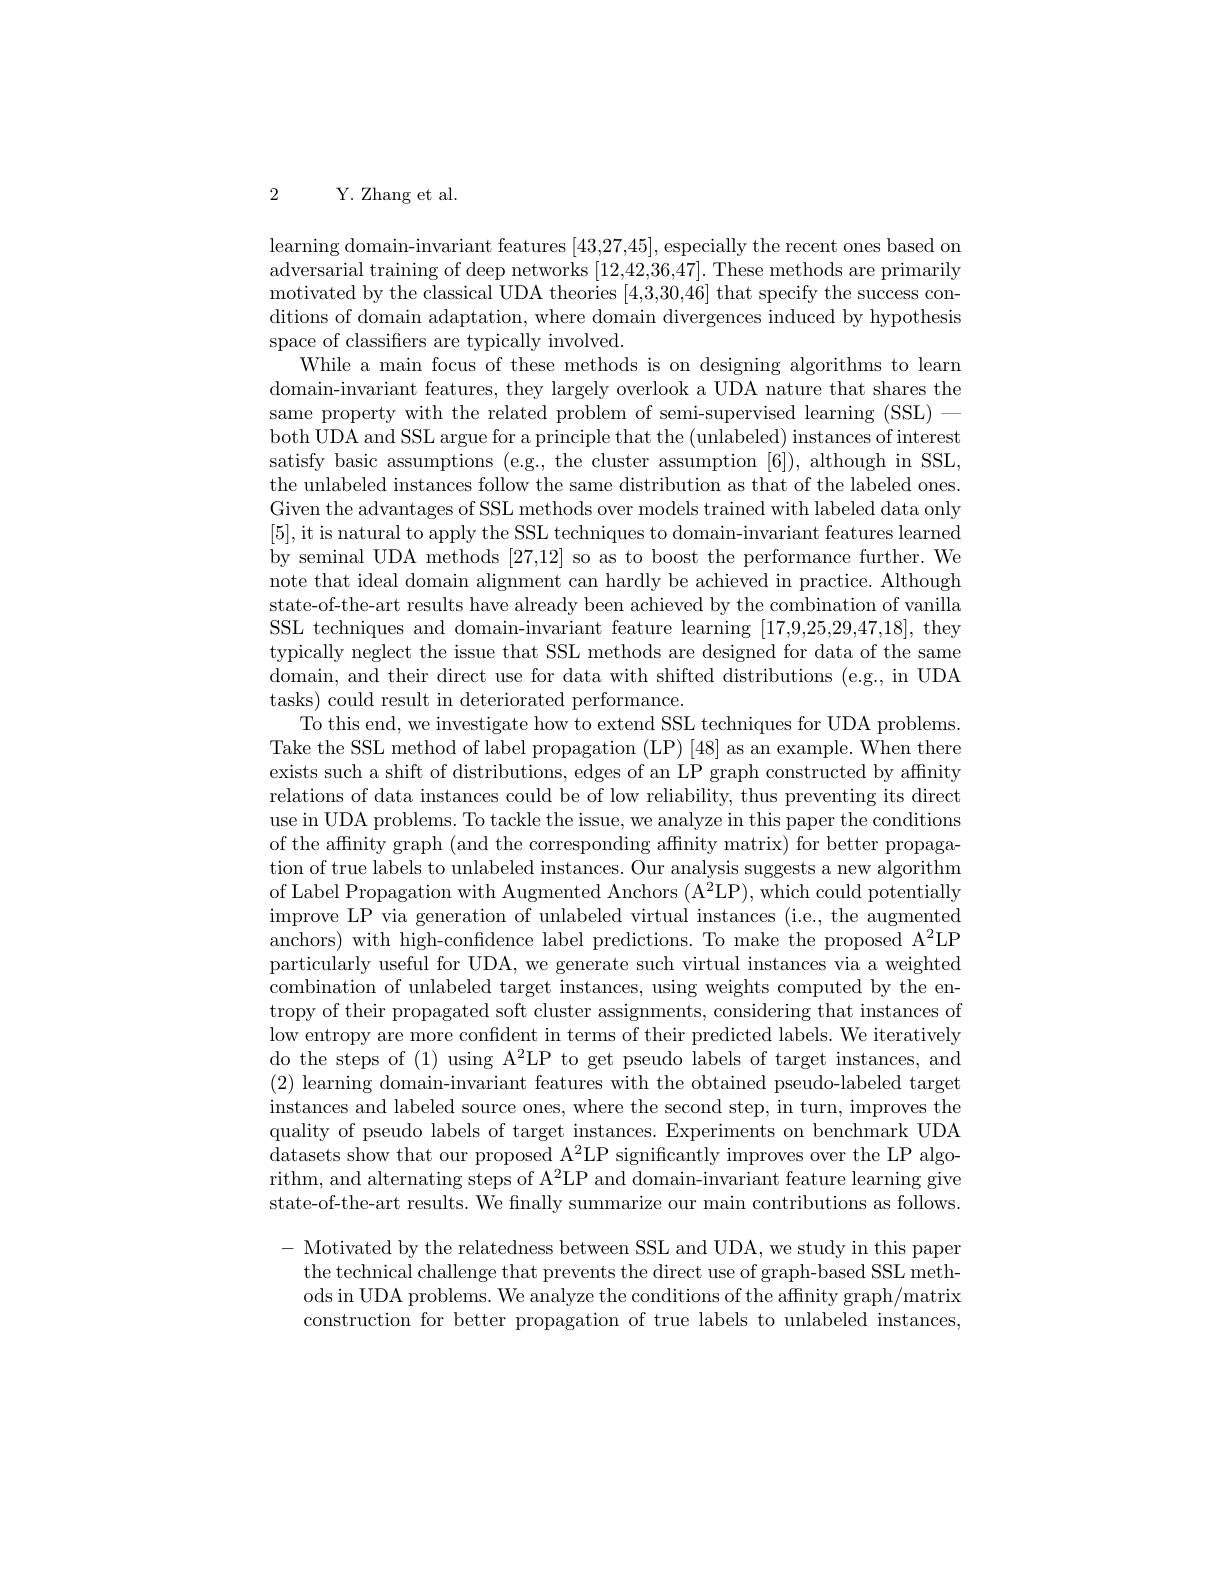
2 Y. Zhang et al.

learning domain-invariant features [43,27,45], especially the recent ones based on adversarial training of deep networks [12,42,36,47]. These methods are primarily motivated by the classical UDA theories [4,3,30,46] that specify the success conditions of domain adaptation, where domain divergences induced by hypothesis space of classifiers are typically involved.
While a main focus of these methods is on designing algorithms to learn domain-invariant features, they largely overlook a UDA nature that shares the same property with the related problem of semi-supervised learning (SSL)— both UDA and SSL argue for a principle that the (unlabeled) instances of interest satisfy basic assumptions (e.g., the cluster assumption [6]), although in SSL, the unlabeled instances follow the same distribution as that of the labeled ones. Given the advantages of SSL methods over models trained with labeled data only [5],it is natural to apply the SSL techniques to domain-invariant features learned by seminal UDA methods [27,12] so as to boost the performance further. We note that ideal domain alignment can hardly be achieved in practice. Although state-of-the-art results have already been achieved by the combination of vanilla SSL techniques and domain-invariant feature learning [17,9,25,29,47,18], they typically neglect the issue that SSL methods are designed for data of the same domain, and their direct use for data with shifted distributions (e.g., in UDA tasks) could result in deteriorated performance.
To this end, we investigate how to extend SSL techniques for UDA problems. Take the SSL method of label propagation (LP) [48] as an example. When there exists such a shift of distributions, edges of an LP graph constructed by affinity relations of data instances could be of low reliability, thus preventing its direct use in UDA problems. To tackle the issue, we analyze in this paper the conditions of the affinity graph (and the corresponding affinity matrix) for better propagation of true labels to unlabeled instances. Our analysis suggests a new algorithm of Label Propagation with Augmented Anchors $(\mathrm{A}^{2}$LP), which could potentially improve LP via generation of unlabeled virtual instances (i.e., the augmented anchors) with high-confidence label predictions. To make the proposed A$^2$LP particularly useful for UDA, we generate such virtual instances via a weighted combination of unlabeled target instances, using weights computed by the entropy of their propagated soft cluster assignments, considering that instances of low entropy are more confident in terms of their predicted labels. We iteratively do the steps of (1) using A$^2$LP to get pseudo labels of target instances, and (2) learning domain-invariant features with the obtained pseudo-labeled target instances and labeled source ones, where the second step, in turn, improves the quality of pseudo labels of target instances. Experiments on benchmark UDA $\bar{\text{datasets show that our proposed A}^2}\bar{\text{LP significantly improves over the LP algo-}}$ rithm, and alternating steps of A$^2$LP and domain-invariant feature learning give state-of-the-art results. We finally summarize our main contributions as follows. - Motivated by the relatedness between SSL and UDA, we study in this paper
the technical challenge that prevents the direct use of graph-based SSL methods in UDA problems. We analyze the conditions of the affinity graph/matrix construction for better propagation of true labels to unlabeled instances